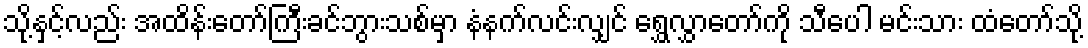
သို့နှင့်လည်း အထိန်းတော်ကြီးခင်ဘွားသစ်မှာ နံနက်လင်းလျှင် ရွှေလွှာတော်ကို သီပေါ မင်းသား ထံတော်သို့